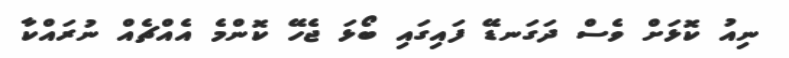
ނިއު ކޮޅަށް ވެސް ދަގަނޑޭ ފައިގައި ބޯޅަ ޖެހޭ ކޮންމެ އެއްޗެއް ނުރައްކާ